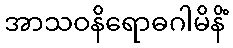
အာသဝနိရောဓဂါမိနိံ